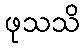
ဖုသသိ